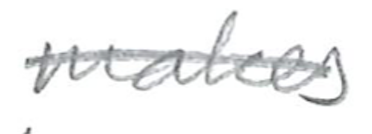
Text: makes
Cross-out: single-line
Writing tool: pencil